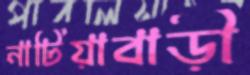
নাটিয়াবাড়ী